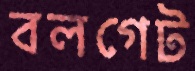
বলগেট